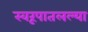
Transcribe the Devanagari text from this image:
स्वरूपातलल्या